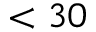
< 3 0